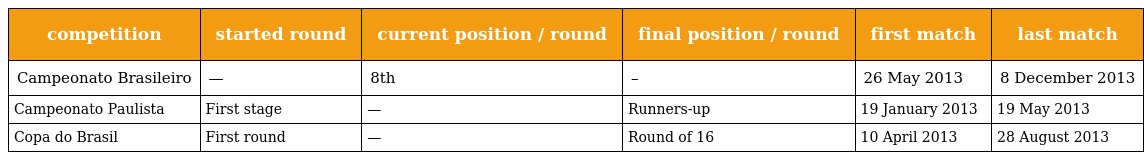
| competition | started round | current position / round | final position / round | first match | last match |
 | --- | --- | --- | --- | --- | --- |
 | Campeonato Brasileiro | — | 8th | – | 26 May 2013 | 8 December 2013 |
 | Campeonato Paulista | First stage | — | Runners-up | 19 January 2013 | 19 May 2013 |
 | Copa do Brasil | First round | — | Round of 16 | 10 April 2013 | 28 August 2013 |